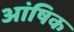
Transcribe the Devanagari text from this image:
आंषिक